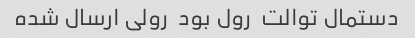
دستمال توالت  رول بود  رولی ارسال شده